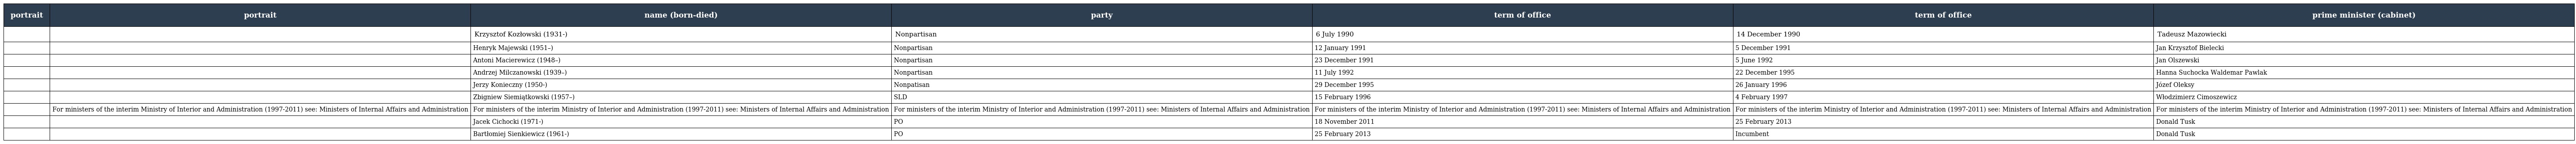
| portrait | portrait | name (born-died) | party | term of office | term of office | prime minister (cabinet) |
 | --- | --- | --- | --- | --- | --- | --- |
 |  |  | Krzysztof Kozłowski (1931-) | Nonpartisan | 6 July 1990 | 14 December 1990 | Tadeusz Mazowiecki |
 |  |  | Henryk Majewski (1951–) | Nonpartisan | 12 January 1991 | 5 December 1991 | Jan Krzysztof Bielecki |
 |  |  | Antoni Macierewicz (1948–) | Nonpartisan | 23 December 1991 | 5 June 1992 | Jan Olszewski |
 |  |  | Andrzej Milczanowski (1939–) | Nonpartisan | 11 July 1992 | 22 December 1995 | Hanna Suchocka Waldemar Pawlak |
 |  |  | Jerzy Konieczny (1950-) | Nonpatisan | 29 December 1995 | 26 January 1996 | Józef Oleksy |
 |  |  | Zbigniew Siemiątkowski (1957–) | SLD | 15 February 1996 | 4 February 1997 | Włodzimierz Cimoszewicz |
 |  | For ministers of the interim Ministry of Interior and Administration (1997-2011) see: Ministers of Internal Affairs and Administration | For ministers of the interim Ministry of Interior and Administration (1997-2011) see: Ministers of Internal Affairs and Administration | For ministers of the interim Ministry of Interior and Administration (1997-2011) see: Ministers of Internal Affairs and Administration | For ministers of the interim Ministry of Interior and Administration (1997-2011) see: Ministers of Internal Affairs and Administration | For ministers of the interim Ministry of Interior and Administration (1997-2011) see: Ministers of Internal Affairs and Administration | For ministers of the interim Ministry of Interior and Administration (1997-2011) see: Ministers of Internal Affairs and Administration |
 |  |  | Jacek Cichocki (1971-) | PO | 18 November 2011 | 25 February 2013 | Donald Tusk |
 |  |  | Bartłomiej Sienkiewicz (1961-) | PO | 25 February 2013 | Incumbent | Donald Tusk |